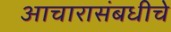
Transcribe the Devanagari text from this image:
आचारासंबधीचे